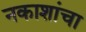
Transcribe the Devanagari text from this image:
नकाशांचा